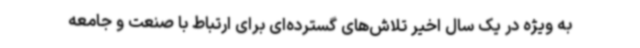
به ویژه در یک سال اخیر تلاش‌های گسترده‌ای برای ارتباط با صنعت و جامعه